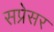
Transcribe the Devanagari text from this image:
सप्रेसर